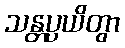
သန္တပ္ပယိတွာ